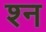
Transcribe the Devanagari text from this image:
श्‍न